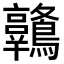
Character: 𪈋